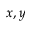
x , y